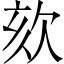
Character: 欬